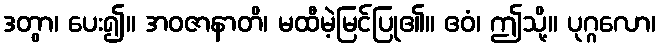
ဒတွာ၊ ပေး၍။ အဝဇာနာတိ၊ မထီမဲ့မြင်ပြု၏။ ဧဝံ၊ ဤသို့။ ပုဂ္ဂလော၊